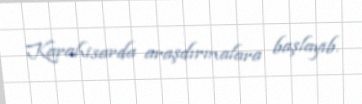
Karahisarda araşdırmalara başlayıb.